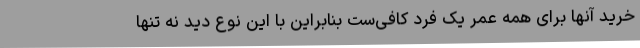
خرید آنها برای همه عمر یک فرد کافی‌ست بنابراین با این نوع دید نه تنها